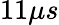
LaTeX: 11\mu s